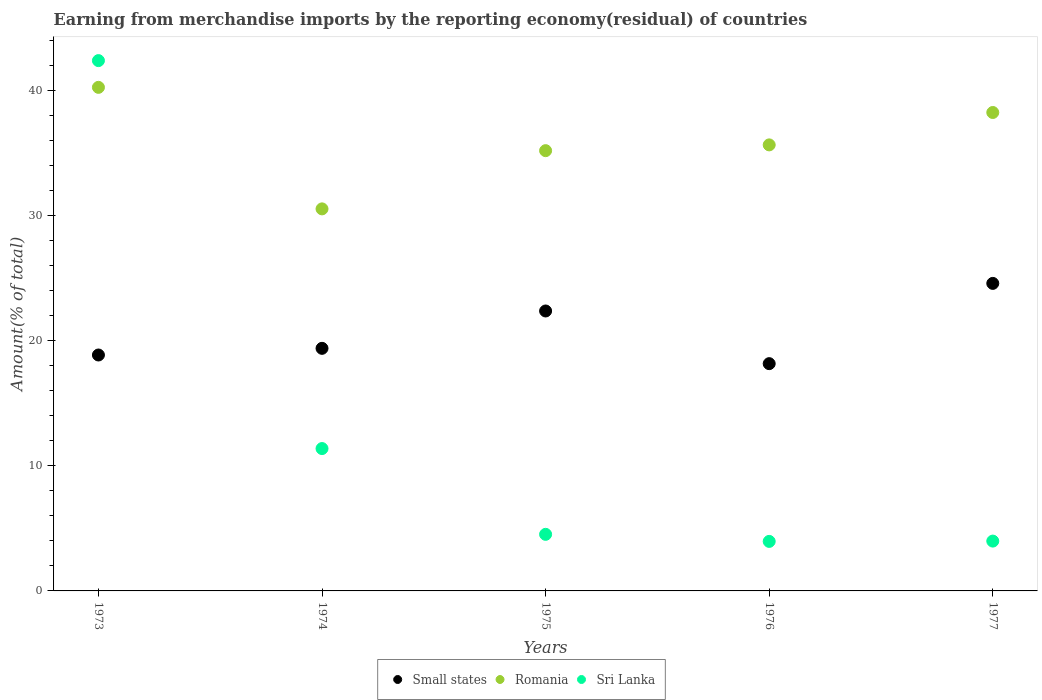
| Years | Small states | Romania | Sri Lanka |
 | --- | --- | --- | --- |
 | 1973 | 18.9 | 40.2 | 42.4 |
 | 1974 | 19.4 | 30.5 | 11.4 |
 | 1975 | 22.4 | 35.2 | 4.52 |
 | 1976 | 18.2 | 35.6 | 3.96 |
 | 1977 | 24.6 | 38.2 | 3.98 |